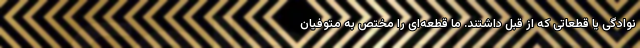
نوادگی یا قطعاتی که از قبل داشتند. ما قطعه‌ای را مختص به متوفیان